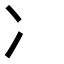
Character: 冫